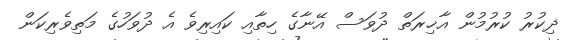
ޛިކުރު ކުރުމުން އާޚިރަތް ދުވަސް އޭނާގެ ހިތާއި ކައިރިވެ އެ ދުވަހުގެ މަތިވެރިކަން